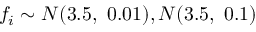
f _ { i } \sim { \cal N } ( 3 . 5 , \ 0 . 0 1 ) , { \cal N } ( 3 . 5 , \ 0 . 1 )